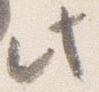
此